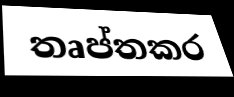
තෘප්තකර